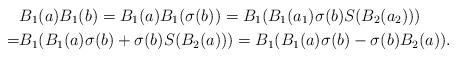
LaTeX: \begin{align*}&B_1(a)B_1(b)=B_1(a)B_1(\sigma(b))=B_1(B_1(a_1)\sigma(b)S(B_2(a_2)))\\=&B_1(B_1(a)\sigma(b)+\sigma(b)S(B_2(a)))=B_1(B_1(a)\sigma(b)-\sigma(b)B_2(a)).\end{align*}